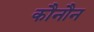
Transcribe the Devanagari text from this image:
कौनौन